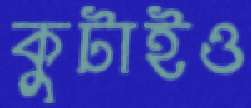
কুটাইও